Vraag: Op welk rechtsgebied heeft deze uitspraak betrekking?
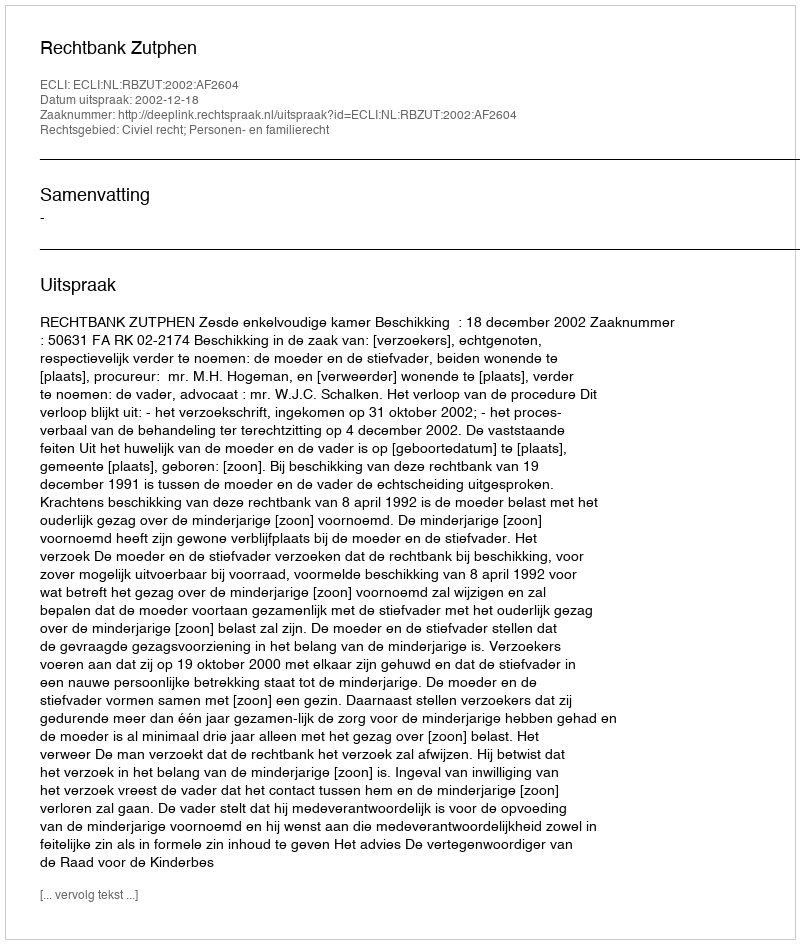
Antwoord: Civiel recht; Personen- en familierecht